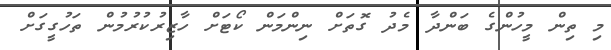
މި ތިން މީހުންގެ ބަންދާ މެދު ގޮތަށް ނިންމަން ކޯޓަށް ހާޒިރުކުރުމުން ތަހުގީގަށް